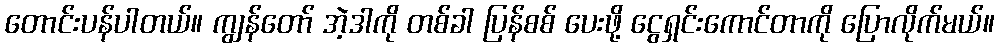
တောင်းပန်ပါတယ်။ ကျွန်တော် အဲ့ဒါကို တစ်ခါ ပြန်စစ် ပေးဖို့ ငွေရှင်းကောင်တာကို ပြောလိုက်မယ်။